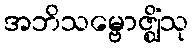
အဘိသမ္ဗောဇ္ဈိံသု